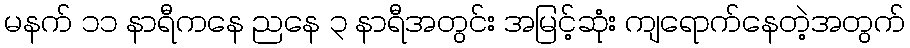
မနက် ၁၁ နာရီကနေ ညနေ ၃ နာရီအတွင်း အမြင့်ဆုံး ကျရောက်နေတဲ့အတွက်